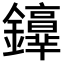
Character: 𨯢